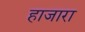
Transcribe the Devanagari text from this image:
हाजारा